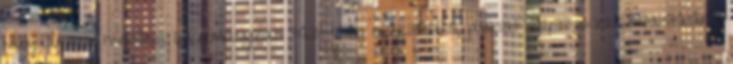
nagykanizsai hivatásos önkormányzati tűzoltóság működéséről, javaslat alapító okirat módosítására,